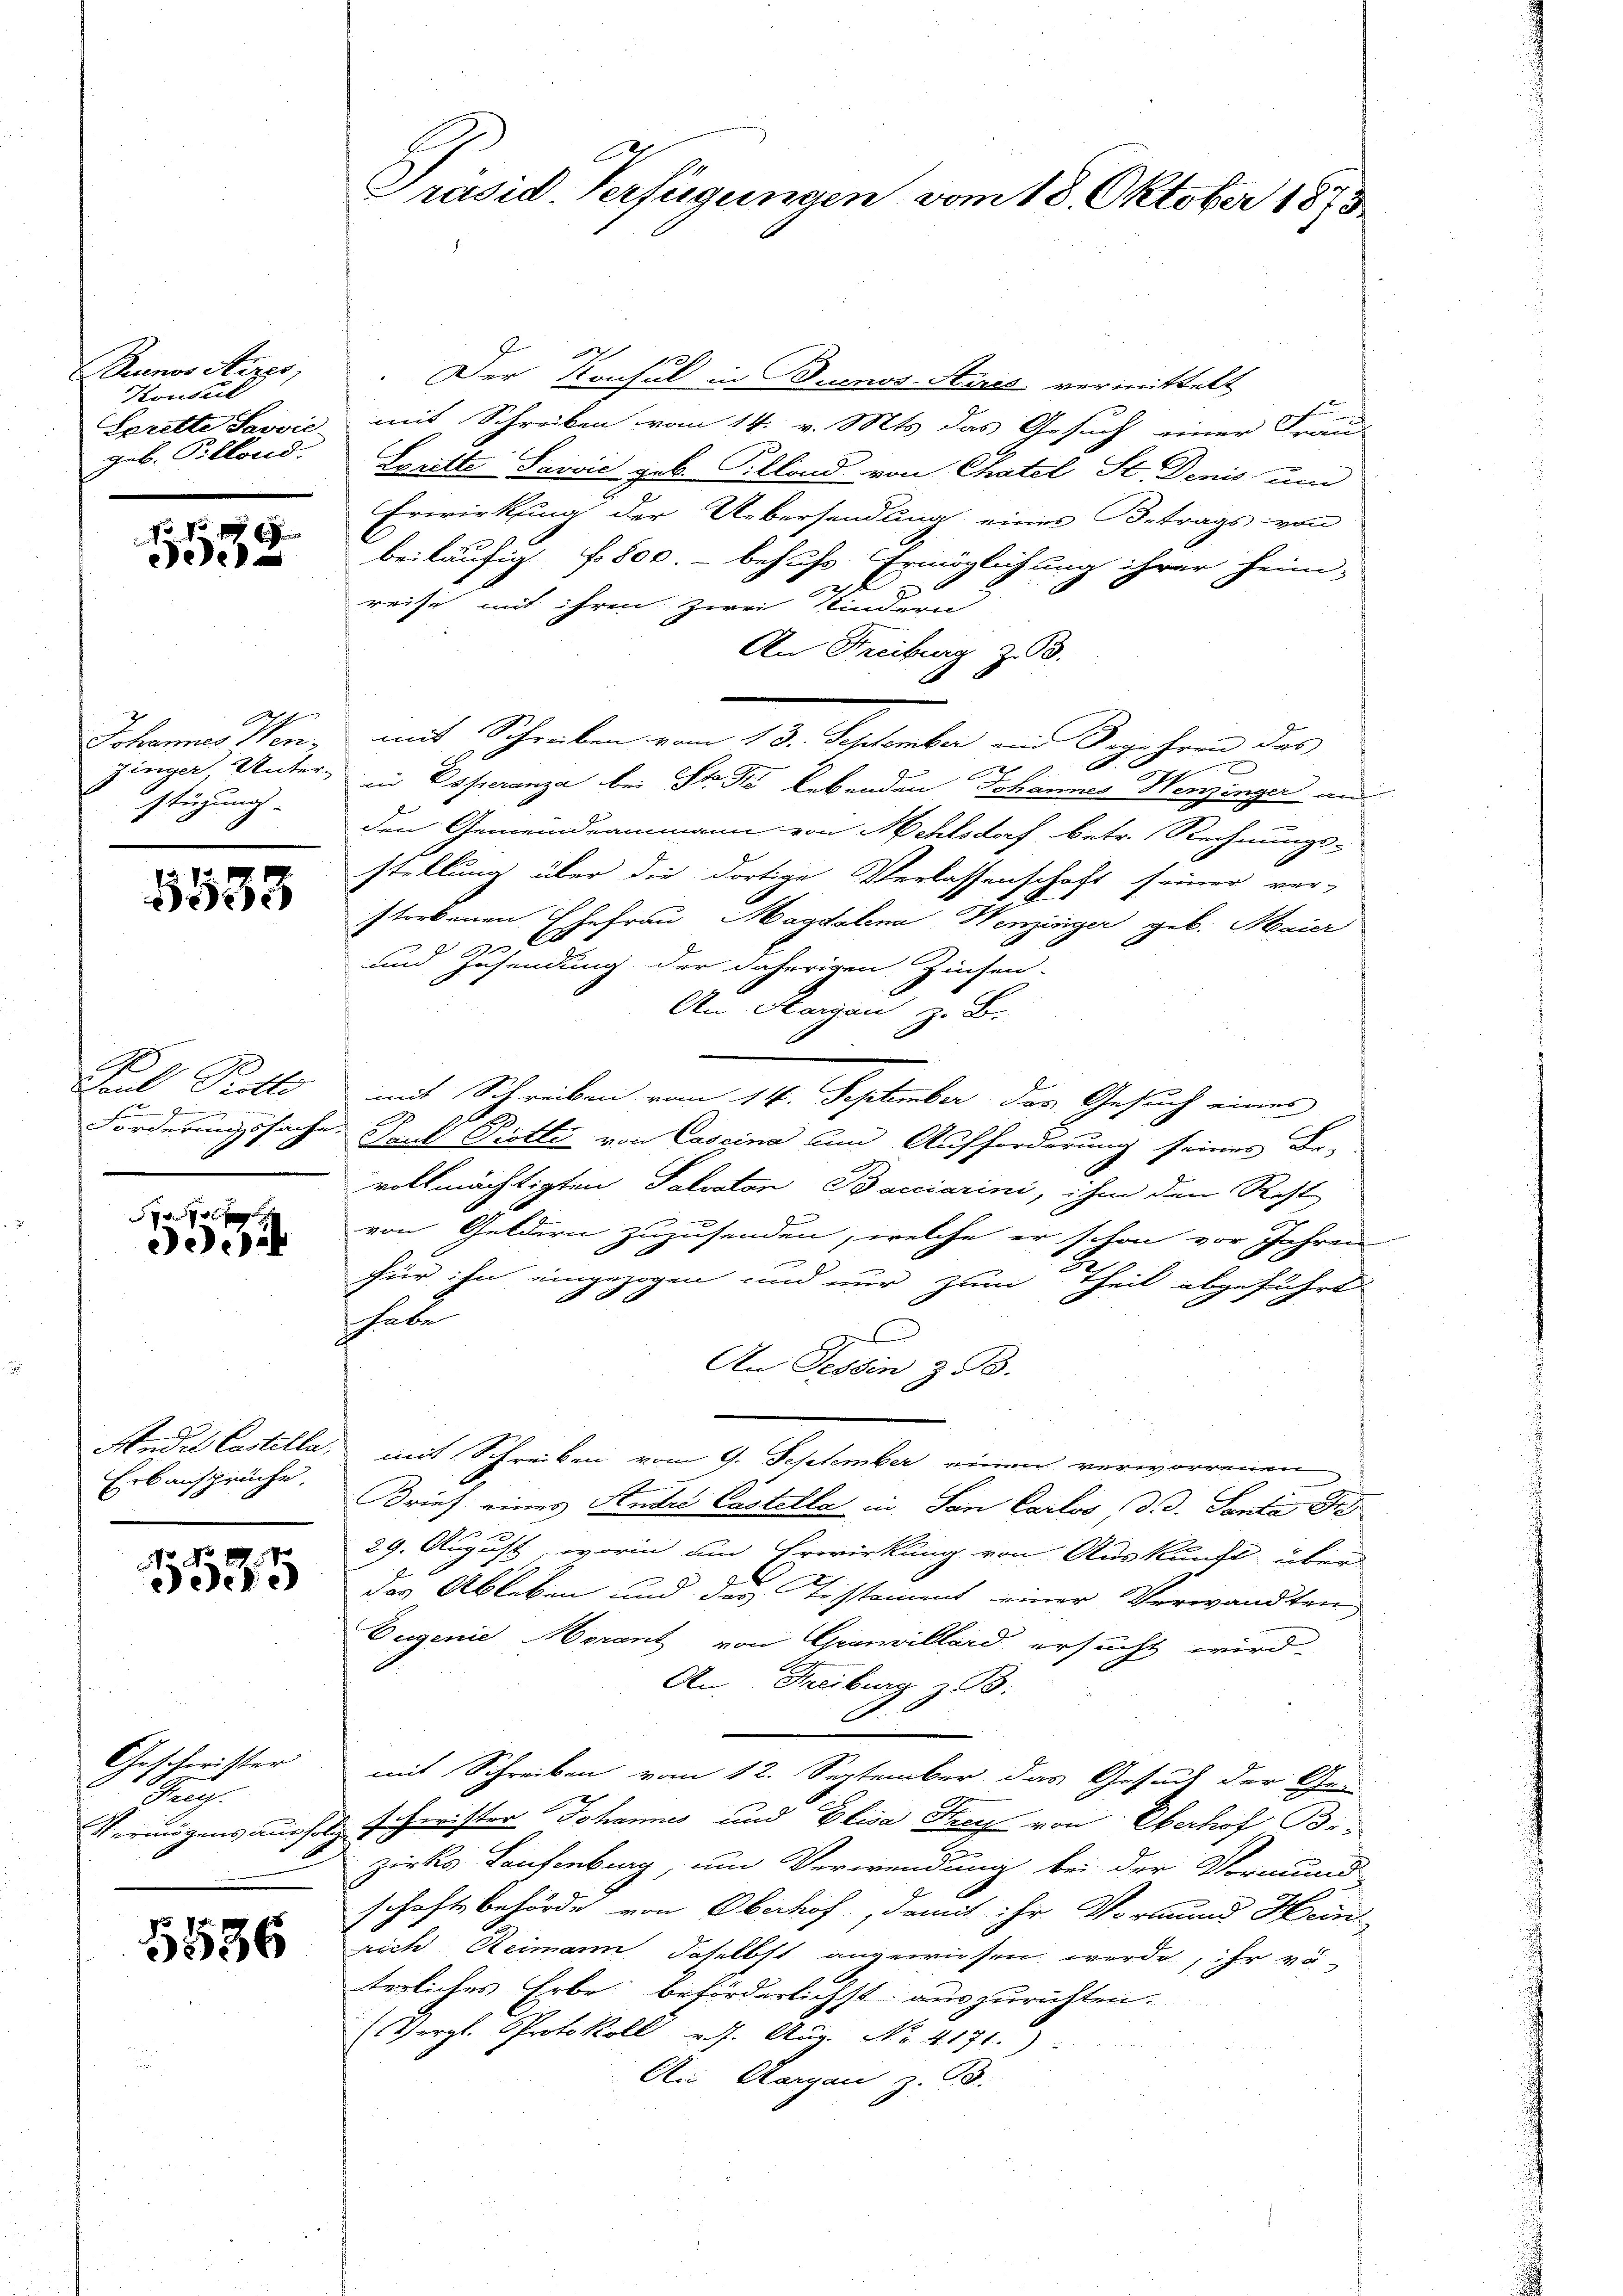
Buenos Aires,
Konsul
geb. Pillond.

6
5

Johannes Hon¬
Jünger Unter-
stüzung

5533

e
Caul Protto
d

ee

Erbansprüche.

1534

Geschwister
e
Burg.
Vermögens aussor

5536

Präsid. Verfügungen vom 18. Oktober 1873

.Der Konsul in Buenos-Ayres vermittelt
Sarette Savvić, mit Schreiben vom 14. v. Mts. das Gesuch einer Frau
Lorette Jović geb. Sillond von Chatel St. Denis und
Erwirkung der Uebersendung eines Betrags von
beiläufig f 800.- behufs Ermöglichung ihrer heim-
reise mit ihren zwei Kindern
An Freiburg z.
amit Schreiben vom 10. September und Freihen des
A.
670.
in Doperanza bei St. Sie lebenden Johannes Henzinger aus
den Gemeindeammann von Mehlsdorf, betr. Rechnungs-
stellung über die dortige Verlassenschaft seiner ver-
storbenen Ehefrau Magdalena Henzinger geb. Maier
l
A
und Zusendung der daherigen Zinsen-
An Margau, z. B.
mit Schreiben vom 14. September das Gesuch eines
A
Forderungssache Carl Piotti von Cascina um Aufforderung seines Be-
vollmächtigten Salvaton Bacciarini, ihm den Recht
von Geldern zuzusenden, welche er schon vor Jahren
für ihn eingezogen und nur zum Theil abgeführt
Thale
An Tessin z. B.
Ander Castella, mit Schreiben vom 9. September einen verworrenen
Brief eines Ander Castella in San Carlos, d. d. Santa d
t
29. August worin um Erwirkung von Auskunft über
des Ableben und der Testament einer Verwandten
Eugenie Merant von Granvillard ersucht wird.
An. Freiburg z. B.
.
mit Schreiben vom 12. September das Gesuch der Ge-
x. Schwister Johannes und Elisa Frey von Oberhof Br
zirks Laufenburg, um Verwendung bei der Vormund
schaftsbehörde von Oberhof, damit ihr Vormund Hein-
rich. Reimann Joselbst angewiesen werde, ihr vo
tegliches Erbe beförderlichst auszurichten.
(Vergl. Protokoll 27. Aug. No 4171.
An Aargau z. B.